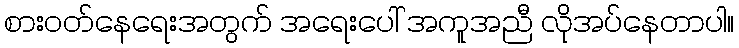
စားဝတ်နေရေးအတွက် အရေးပေါ် အကူအညီ လိုအပ်နေတာပါ။